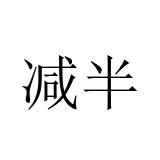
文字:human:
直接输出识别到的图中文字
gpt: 减半